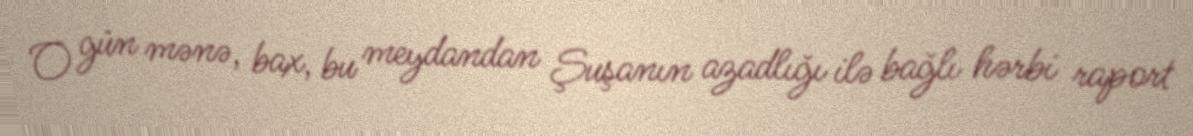
O gün mənə, bax, bu meydandan Şuşanın azadlığı ilə bağlı hərbi raport